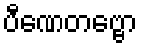
ပီဏေတဗ္ဗော